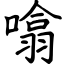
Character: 噏